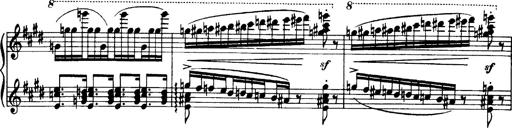
Title: OuvertÃ¼re zu TannhÃ¤user
Composer: Franz Liszt